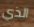
الذي